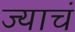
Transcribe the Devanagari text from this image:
ज्याचं